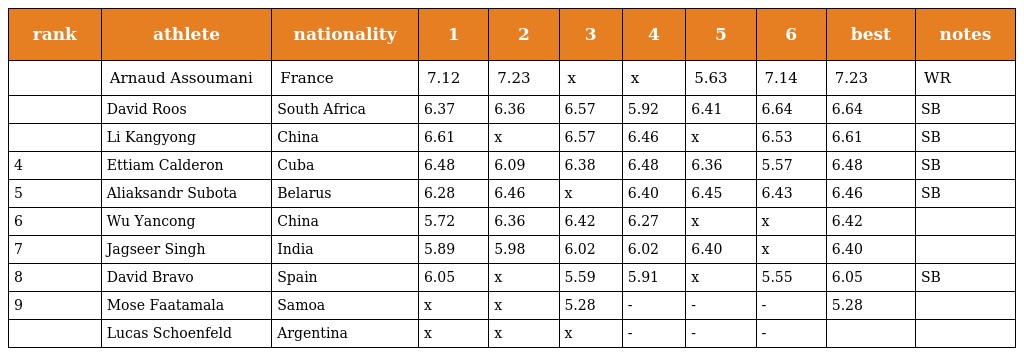
| rank | athlete | nationality | 1 | 2 | 3 | 4 | 5 | 6 | best | notes |
 | --- | --- | --- | --- | --- | --- | --- | --- | --- | --- | --- |
 |  | Arnaud Assoumani | France | 7.12 | 7.23 | x | x | 5.63 | 7.14 | 7.23 | WR |
 |  | David Roos | South Africa | 6.37 | 6.36 | 6.57 | 5.92 | 6.41 | 6.64 | 6.64 | SB |
 |  | Li Kangyong | China | 6.61 | x | 6.57 | 6.46 | x | 6.53 | 6.61 | SB |
 | 4 | Ettiam Calderon | Cuba | 6.48 | 6.09 | 6.38 | 6.48 | 6.36 | 5.57 | 6.48 | SB |
 | 5 | Aliaksandr Subota | Belarus | 6.28 | 6.46 | x | 6.40 | 6.45 | 6.43 | 6.46 | SB |
 | 6 | Wu Yancong | China | 5.72 | 6.36 | 6.42 | 6.27 | x | x | 6.42 |  |
 | 7 | Jagseer Singh | India | 5.89 | 5.98 | 6.02 | 6.02 | 6.40 | x | 6.40 |  |
 | 8 | David Bravo | Spain | 6.05 | x | 5.59 | 5.91 | x | 5.55 | 6.05 | SB |
 | 9 | Mose Faatamala | Samoa | x | x | 5.28 | - | - | - | 5.28 |  |
 |  | Lucas Schoenfeld | Argentina | x | x | x | - | - | - |  |  |